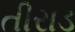
તીરાડ